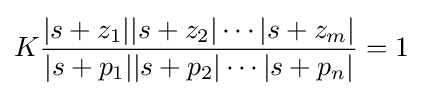
K{\frac {|s+z_{1}||s+z_{2}|\cdots |s+z_{m}|}{|s+p_{1}||s+p_{2}|\cdots |s+p_{n}|}}=1